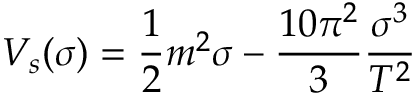
V _ { s } ( \sigma ) = \frac { 1 } { 2 } m ^ { 2 } \sigma - \frac { 1 0 \pi ^ { 2 } } { 3 } \frac { \sigma ^ { 3 } } { T ^ { 2 } }